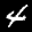
Label: 4